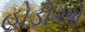
હોડીઓ